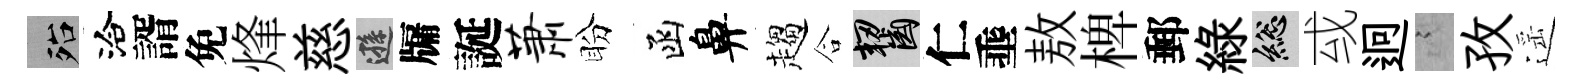
殆洽諝免烽慈遜牖誕萧盼函鼻趨合齧仁埀敖椑郵綠總㦯迥謭孜遥